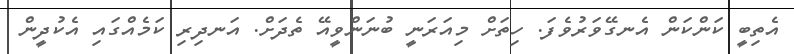
އެތިބީ ކަންކަން އެނގޭވަރުވެފަ. ހިތަށް މިއަރަނީ ބުނަންވީއޭ ތެދަށް. އަނދިރި ކަމެއްގައި އެކުދީން